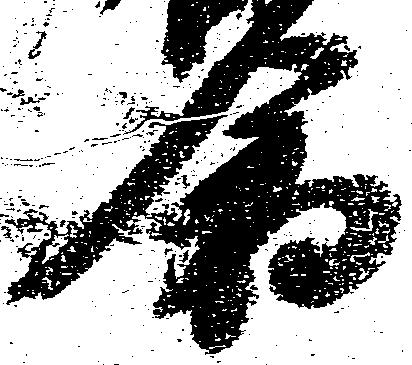
倉